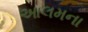
આલમના